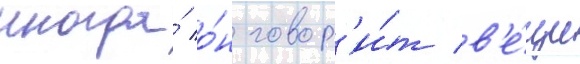
иногда́ о́н говор'и́т в'е́щи